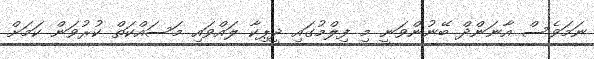
ނަމަވެސް އާނަންދް ބޭނުންވަނީ މި ފިލްމުގައި ދީޕިކާ ލައްވައި މަސައްކަތް ކުރުވަން ކަމަށް